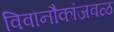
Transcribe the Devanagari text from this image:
विवानौकांजवळ